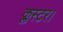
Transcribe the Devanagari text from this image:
क्लस्टर।